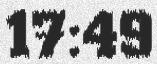
17:49